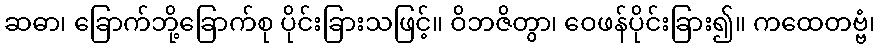
ဆဓာ၊ ခြောက်ဘို့ခြောက်စု ပိုင်းခြားသဖြင့်။ ဝိဘဇိတွာ၊ ဝေဖန်ပိုင်းခြား၍။ ကထေတဗ္ဗံ၊